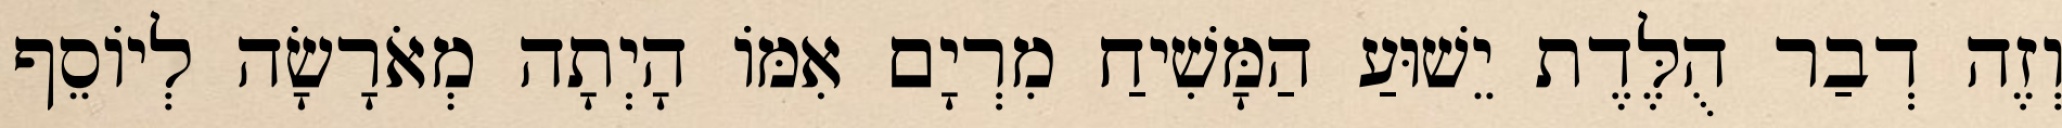
וְזֶה דְבַר הֻלֶּדֶת יֵשׁוּעַ הַמָּשִׁיחַ מִרְיָם אִמּוֹ הָיְתָה מְאֹרָשָׂה לְיוֹסֵף